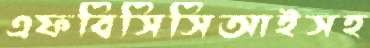
এফবিসিসিআইসহ